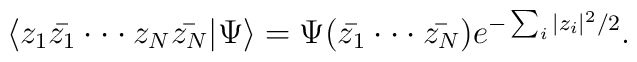
\langle z_1 \bar{z_1} \cdot \cdot \cdot z_N \bar{z_N}|\Psi \rangle=\Psi (\bar{z_1} \cdot \cdot \cdot \bar{z_N}) e^{-\sum_i |z_i|^2/2}.